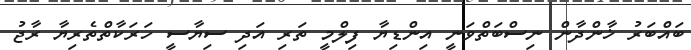
ބައްބަރު ޚާންދާން ނިސްބަތްވަނީ އިންޑިޔާ ފިލްމީ ތަރި އަދި ސިޔާސީ ހަރަކާތްތެރިޔާ ރާޖު